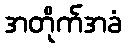
အတိုက်အခံ